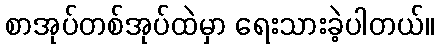
စာအုပ်တစ်အုပ်ထဲမှာ ရေးသားခဲ့ပါတယ်။